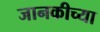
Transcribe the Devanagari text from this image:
जानकीच्या